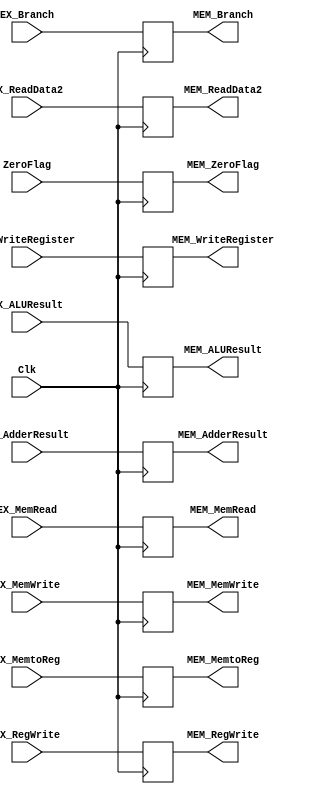
`timescale 1ns / 1ps

module EXMEM_reg(
	/* inputs */ Clk, EX_AdderResult, EX_ALUResult, EX_ReadData2, EX_WriteRegister, 
				 EX_Branch, EX_MemRead, EX_MemtoReg, EX_MemWrite, EX_RegWrite, /*EX_Jump,*/ ZeroFlag,

	/* outputs */ MEM_AdderResult, MEM_ALUResult, MEM_ReadData2, MEM_WriteRegister,
				 MEM_Branch, MEM_MemRead, MEM_MemtoReg, MEM_MemWrite, MEM_RegWrite, /*MEM_Jump,*/ MEM_ZeroFlag
			   );

input Clk;
input wire [31:0] EX_AdderResult, EX_ALUResult, EX_ReadData2;
input wire [4:0]  EX_WriteRegister; 
input EX_Branch, EX_MemRead, EX_MemtoReg, EX_MemWrite, EX_RegWrite, /*EX_Jump,*/ ZeroFlag; 

output reg [31:0] MEM_AdderResult, MEM_ALUResult, MEM_ReadData2;
output reg [4:0]  MEM_WriteRegister;
output reg MEM_Branch, MEM_MemRead, MEM_MemtoReg, MEM_MemWrite, MEM_RegWrite, /*MEM_Jump,*/ MEM_ZeroFlag;

always @(posedge Clk) begin
	MEM_AdderResult <= EX_AdderResult;
	MEM_ALUResult <= EX_ALUResult;
	MEM_ReadData2 <= EX_ReadData2;
	MEM_WriteRegister <= EX_WriteRegister;

	MEM_Branch <= EX_Branch;
	MEM_MemRead <= EX_MemRead;
	MEM_MemtoReg <= EX_MemtoReg;
	MEM_MemWrite <= EX_MemWrite;
	MEM_RegWrite <= EX_RegWrite;
	//MEM_Jump <= EX_Jump;
	MEM_ZeroFlag <= ZeroFlag;
end
endmodule